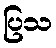
ပြသ